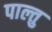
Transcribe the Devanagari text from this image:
पाल्तु